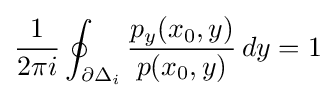
{\frac {1}{2\pi i}}\oint _{\partial \Delta _{i}}{\frac {p_{y}(x_{0},y)}{p(x_{0},y)}}\,dy=1